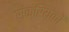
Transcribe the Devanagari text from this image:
संक्रियकों